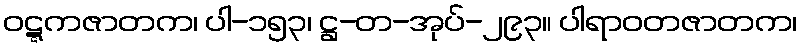
ဝဋ္ဋကဇာတက၊ ပါ-၁၅၃၊ ဋ္ဌ-တ-အုပ်-၂၉၃။ ပါရာဝတဇာတက၊